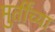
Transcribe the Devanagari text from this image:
मुर्तींच्या